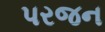
પરજન